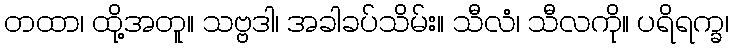
တထာ၊ ထို့အတူ။ သဗ္ဗဒါ၊ အခါခပ်သိမ်း။ သီလံ၊ သီလကို။ ပရိရက္ခ၊